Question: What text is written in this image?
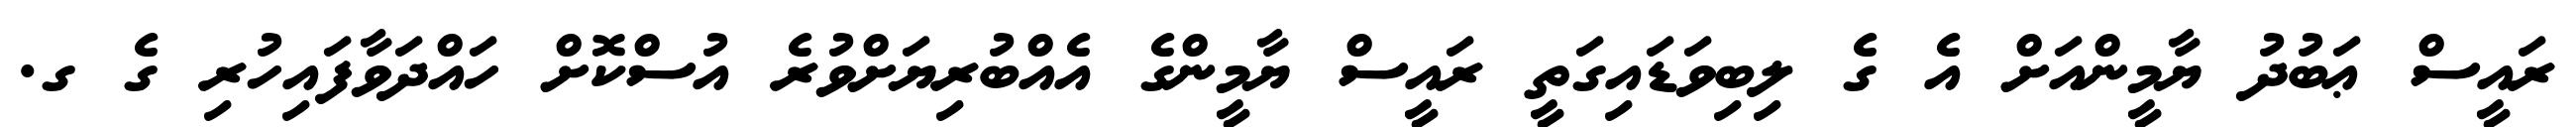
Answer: ރައީސް ޢަބުދު ޔާމީންއަށް އެ ގެ ލިބިވަޑައިގަތީ ރައީސް ޔާމީންގެ އެއްބުރިޔަށްވުރެ އުސްކޮށް ހައްދަވާފައިހުރި ގެ ގ.